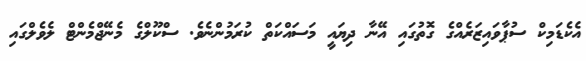
އެކެޑަމިކް ސުޕާވައިޒަރެއްގެ ގޮތުގައި އޭނާ ދިޔައީ މަސައްކަތް ކުރަމުންނެވެ. ސްކޫލްގެ މެނޭޖްމެންޓް ލެވެލްގައި